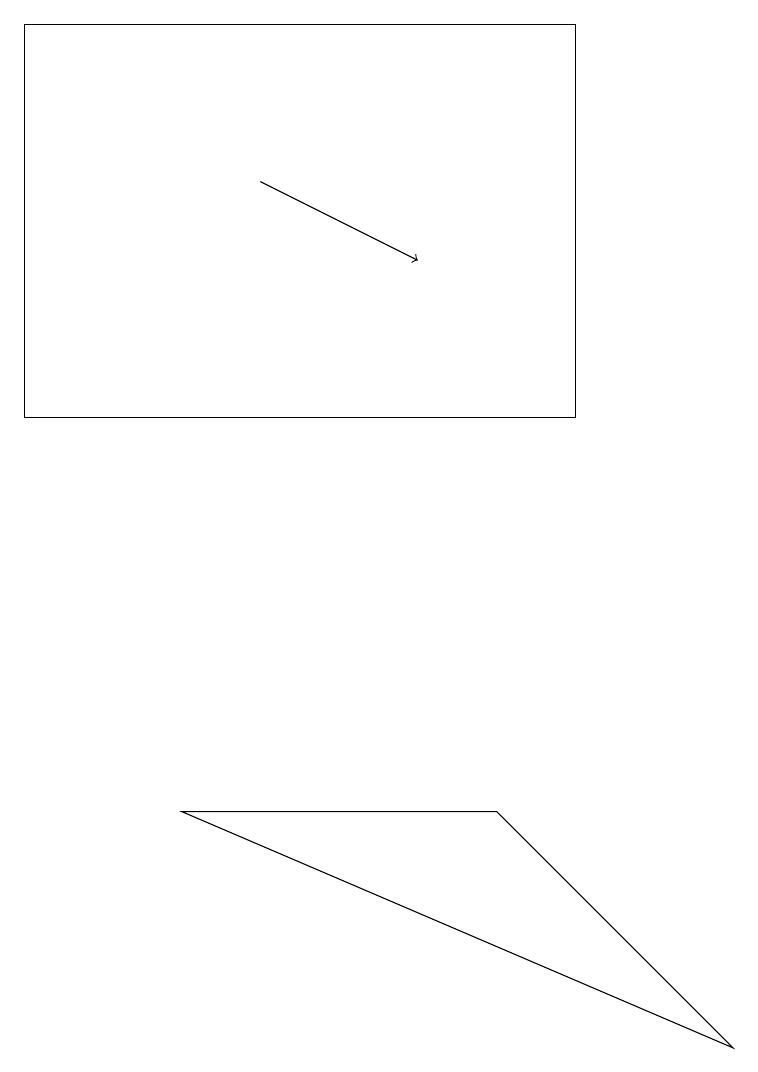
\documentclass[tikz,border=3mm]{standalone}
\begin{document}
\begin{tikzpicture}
\draw (6,8) -- (2,8) -- (9,5) -- cycle;
\draw[->] (3,16) -- (5,15);
\draw (0,13) rectangle (7,18);
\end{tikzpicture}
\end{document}